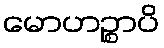
မောဟဉ္စာပိ